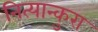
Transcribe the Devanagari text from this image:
नित्यान्कुरा